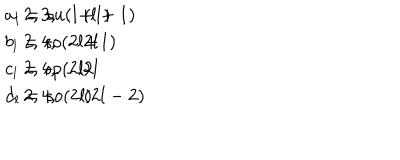
\begin{array} { r l } { { a _ { l } = s u ( l \! + \! 1 ) \hspace { 0 . 2 i n } } } & { { 2 , 3 , \dots ( l + 1 ) } } \\ { { b _ { l } = s o ( 2 l \! + \! 1 ) \hspace { 0 . 2 i n } } } & { { 2 , 4 , \dots 2 l } } \\ { { c _ { l } = s p ( 2 l ) \hspace { 0 . 2 i n } } } & { { 2 , 4 , \dots 2 l } } \\ { { d _ { l } = s o ( 2 l ) \hspace { 0 . 2 i n } } } & { { 2 , 4 , \dots ( 2 l - 2 ) } } \\ \end{array}